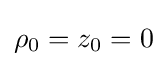
\rho _{0}=z_{0}=0